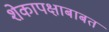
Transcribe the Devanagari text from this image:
शेकापक्षाबाबत